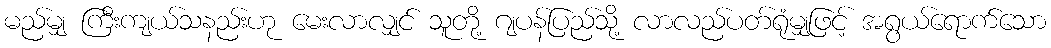
မည်မျှ ကြီးကျယ်သနည်းဟု မေးလာလျှင် သူတို့ ဂျပန်ပြည်သို့ လာလည်ပတ်ရုံမျှဖြင့် အရွယ်ရောက်သော